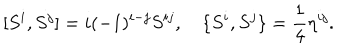
[ S ^ { i } , S ^ { j } ] = i ( - 1 ) ^ { i - j } S ^ { i j } , \quad \{ S ^ { i } , S ^ { j } \} = \frac { 1 } { 4 } \eta ^ { i j } .